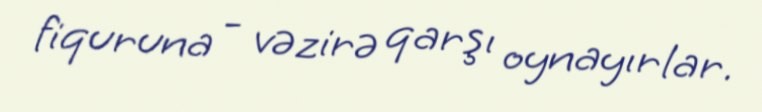
fiquruna - vəzirə qarşı oynayırlar.